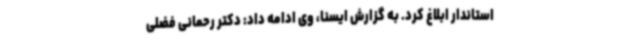
استاندار ابلاغ کرد. به گزارش ایسنا، وی ادامه داد: دکتر رحمانی فضلی